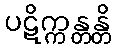
ပဋိက္ကန္တန္တိ